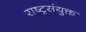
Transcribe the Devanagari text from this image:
राष्ट्रसंयुक्त